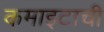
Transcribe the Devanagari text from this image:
कमाइटाची